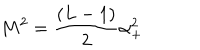
LaTeX: M ^ { 2 } = \frac { ( L - 1 ) } 2 \alpha _ { + } ^ { 2 }